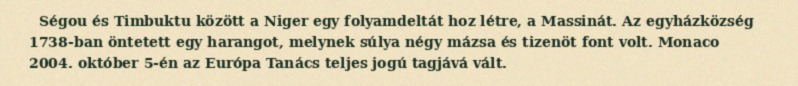
Ségou és Timbuktu között a Niger egy folyamdeltát hoz létre, a Massinát. Az egyházközség 1738-ban öntetett egy harangot, melynek súlya négy mázsa és tizenöt font volt. Monaco 2004. október 5-én az Európa Tanács teljes jogú tagjává vált.